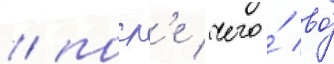
/ посл'е чего́ во́